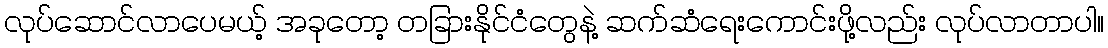
လုပ်ဆောင်လာပေမယ့် အခုတော့ တခြားနိုင်ငံတွေနဲ့ ဆက်ဆံရေးကောင်းဖို့လည်း လုပ်လာတာပါ။